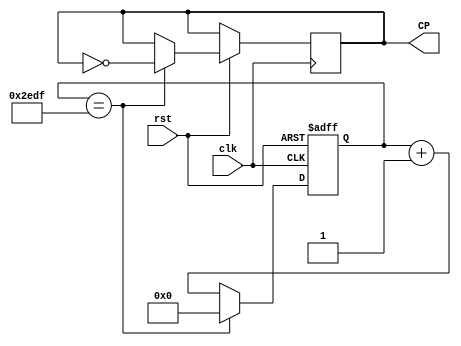
module clk_1ms(clk,rst,CP);
input clk,rst;
output reg CP;

reg [27:0]count1ms;				//T1count1s

parameter  T1=28'd11999;      //119991ms FPGA24M1200024M/21ms

always @(posedge clk or negedge rst)
 if (!rst)
	     count1ms<=28'd0; 
	else  if (count1ms==T1)
				begin
				CP<=~CP;
				count1ms<=28'd0;
				end
			else  count1ms<=count1ms+28'b1; 	  
endmodule